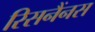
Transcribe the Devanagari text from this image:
रिसनैंनस